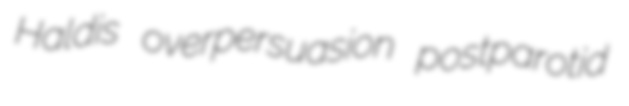
Haldis overpersuasion postparotid